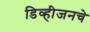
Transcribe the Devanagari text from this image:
डिव्हीजनचे